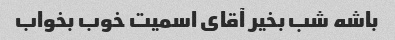
باشه شب بخیر آقای اسمیت خوب بخواب